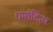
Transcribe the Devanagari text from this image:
धर्मादित्य